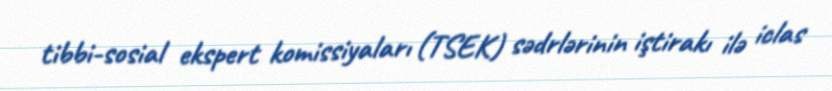
tibbi-sosial ekspert komissiyaları (TSEK) sədrlərinin iştirakı ilə iclas